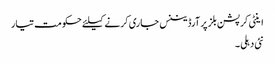
اینٹی کرپشن بلز پر آرڈیننس جاری کرنے کیلئے حکومت تیار
نئی دہلی ۔